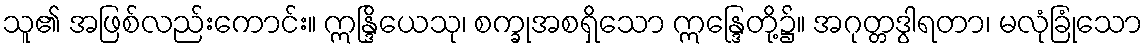
သူ၏ အဖြစ်လည်းကောင်း။ ဣန္ဒြိယေသု၊ စက္ခုအစရှိသော ဣန္ဒြေတို့၌။ အဂုတ္တဒွါရတာ၊ မလုံခြုံသော